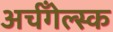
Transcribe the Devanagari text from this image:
अर्चँगेल्स्क